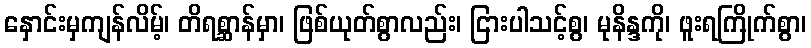
နှောင်းမှကျန်လိမ့်၊ တိရစ္ဆာန်မှာ၊ ဖြစ်ယုတ်စွာလည်း၊ ငြားပါသင့်စွ၊ မုနိန္ဒကို၊ ဖူးရကြိုက်စွာ၊